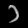
Digit: ၁